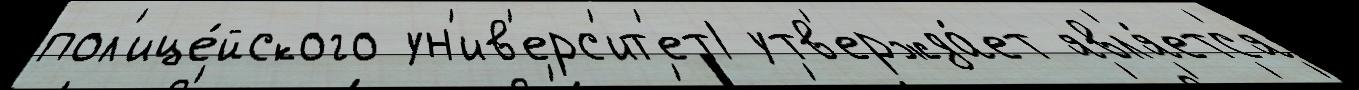
пол'ице́йского ун'ив'ерс'ит'ет1 утв'ержда́ет явл'я́етс'я